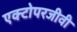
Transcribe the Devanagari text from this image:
एक्टोपरजीवी